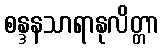
စန္ဒနသာရာနုလိတ္တာ